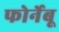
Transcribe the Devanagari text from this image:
फोर्नेबू